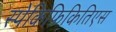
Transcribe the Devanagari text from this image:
स्पेकिफ़िकितिएस